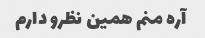
آره منم همین نظرو دارم